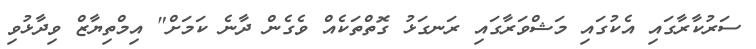
ސަރުކާރާގައި އެކުގައި މަޝްވަރާގައި ރަނގަޅު ގޮތްތަކެއް ވެގެން ދާނެ ކަމަށް" އިމްތިޔާޒް ވިދާޅުވި